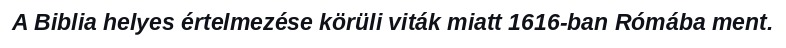
A Biblia helyes értelmezése körüli viták miatt 1616-ban Rómába ment.